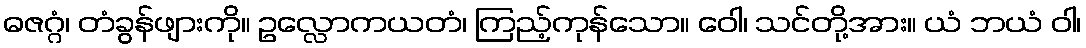
ဓဇဂ္ဂံ၊ တံခွန်ဖျားကို။ ဥလ္လောကယတံ၊ ကြည့်ကုန်သော။ ဝေါ၊ သင်တို့အား။ ယံ ဘယံ ဝါ၊